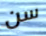
سن